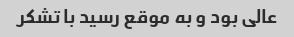
عالی بود و به موقع رسید با تشکر